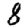
Digit: 8